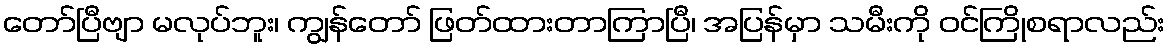
တော်ပြီဗျာ မလုပ်ဘူး၊ ကျွန်တော် ဖြတ်ထားတာကြာပြီ၊ အပြန်မှာ သမီးကို ဝင်ကြိုစရာလည်း